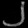
Digit: ၂